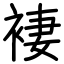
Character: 褄